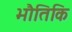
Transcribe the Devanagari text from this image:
भौतिकि